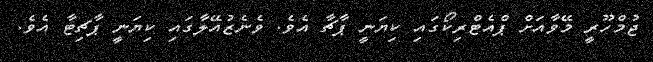
ޖުމްހޫރީ މޭވާއަށް ޕްއެޓްރިކޯގައި ކިޔަނީ ޕާޗާ އެވެ. ވެނެޒުއޭލާގައި ކިޔަނީ ޕާޗިޓާ އެވެ.